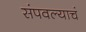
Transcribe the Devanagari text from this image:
संपवल्याचं